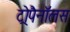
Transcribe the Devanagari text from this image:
ट्रोपैनॉलस